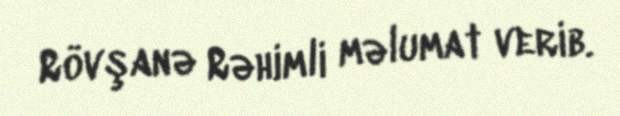
Rövşanə Rəhimli məlumat verib.